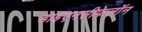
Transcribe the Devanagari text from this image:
डाइएनसीफेलॉन